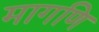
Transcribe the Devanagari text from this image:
मागणि